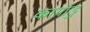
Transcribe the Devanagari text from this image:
कागोडु